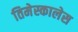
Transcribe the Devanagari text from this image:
तिमेस्कालेस